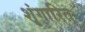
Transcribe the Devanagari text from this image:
शृंगारित